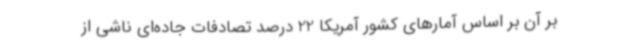
بر آن بر اساس آمارهای کشور آمریکا 22 درصد تصادفات جاده‌ای ناشی از